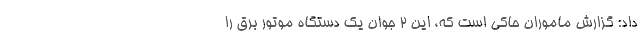
داد: گزارش ماموران حاکی است که، این ۲ جوان یک دستگاه موتور برق را